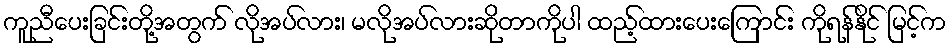
ကူညီပေးခြင်းတို့အတွက် လိုအပ်လား၊ မလိုအပ်လားဆိုတာကိုပါ ထည့်ထားပေးကြောင်း ကိုရန်နိုင် မြင့်က